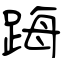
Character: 踇